Sanitation, dispensaries and jails vaccination Rajputana 1922-1927 - 1922-1927
Year: 1922
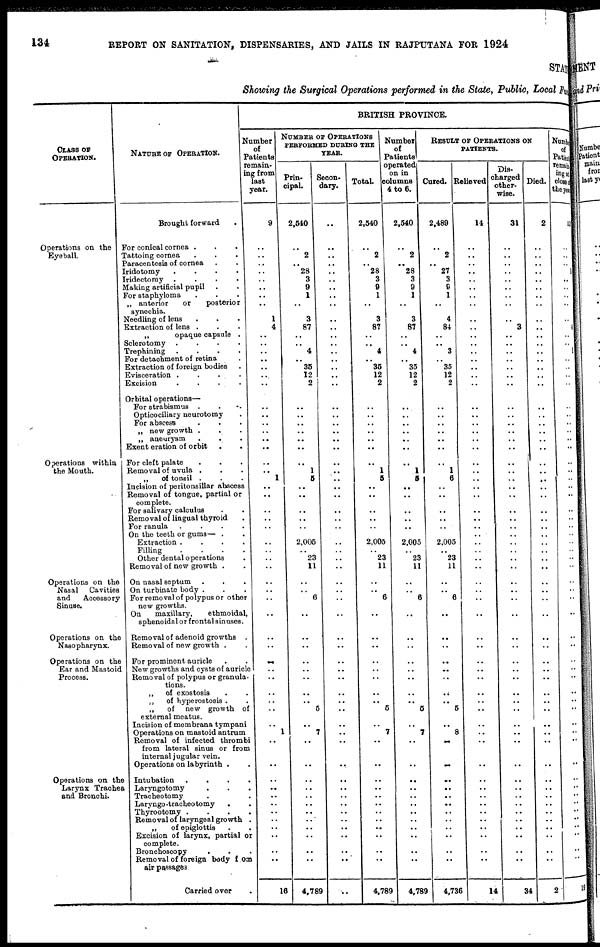
134
REPORT ON SANITATION, DISPENSARIES, AND JAILS IN RAJPUTANA FOR 1924
STAT
Showing the Surgical Operations performed in the State, Public, Local Fu
CLASS OF
OPERATION.
Operations on the
Eyeball.
Operations within
the Mouth.
Operations on the
Nasal
Cavities
and
Accessory
Sinuse.
Operations on the
Nasopharynx.
Operations on the
Ear and Mastoid
Process.
Operations on the
Larynx Traohea
and Bronchi.
NATURE OF OPERATION.
Brought forward.
For conical cornea ...
Tattoing cornea...
Paracentesis of cornea..
Iridotomy
....
Iridectomy
....
Making artificial pupil..
For staphyloma...
„ anterior
or
posterior
synechia.
Needling of lens...
Extraction of lens...
„
opaque capsule .
Sclerotomy
....
Trephining
....
For detachment of retina.
Extraction of foreign bodies.
Evisceration ....
Excision....
Orbital operations—
For strabismus...
Opticociliary neurotomy.
For abscess ...
„ new growth ...
„ aneurysm...
Exent eration of orbit..
For cleft palate...
Removal of uvula ..
„
of tonsil ...
Incision of peritonsillar abscess
Removal of tongue, partial or
complete.
For salivary calculus..
Removal of lingual thyroid.
For ranula
....
On the teeth or gums— .
Extraction
....
Filling
....
Other dental operations.
Removal of new growth .
On nasal septum...
On turbinate body ...
For removal of polypus or other
new growths.
On
maxillary,
ethmoidal,
sphenoidal or frontal sinuses.
Removal of adenoid growths .
Removal of new growth ..
For prominent auricle..
New growths and cysts of auricle
Removal of polypus or granula-
tions.
„
of exostosis..
„
of hyperostosis..
„
of new growth of
external meatus.
Incision of membrana tympani
Operations on mastoid antrum
Removal of infected thrombi
from lateral sinus or from
internal jugular vein.
Operations on labyrinth .
Intubation ....
Laryngotomy...
Tracheotomy..
Laryngo-tracheotomy...
Thyrootomy ....
Removal of laryngeal growth.
„
of epiglottis..
Excision of larynx, partial or
complete.
Bronchoscopy...
Removal of foreign body from
air passages
Carried over .
BRITISH PROVINCE.
Number
of
Patients
remain-
ing from
last
year.
9
..
..
..
..
..
..
..
..
1
4
..
..
.. ..
..
..
..
..
..
..
.. ..
..
..
..
.. 1
..
..
..
..
..
..
..
..
.. ..
..
..
..
..
..
..
..
.. ..
..
..
..
..
1
..
..
..
..
...
..
..
..
..
..
..
..
16
NUMBER OF OPERATIONS
PERFORMED DURING THE
YEAR.
Prin-
cipal.
2,540
..
2
.. 28
3
9
1
..
3
87
..
..
4
.. 35
12
2
..
..
..
.. ..
.. ..
..
1
5
..
..
..
..
..
.. 2,005
..
23
11
..
.. 6
..
..
..
..
..
..
..
.. 5
.. 7
..
..
..
..
..
.. ..
..
..
..
..
..
4,789
Secon-
dary.
..
..
..
..
..
..
..
..
..
..
..
.. ..
.. ..
..
..
..
..
..
.. ..
.. ..
..
..
.. ..
..
..
..
..
.. ..
..
.. ..
..
..
..
..
..
..
..
..
..
..
.. ..
..
..
..
..
..
..
..
..
..
..
..
..
..
..
..
Total.
2,540
..
2
.. 28
3
9
1
..
3
87
..
.. 4
.. 35
12
2
..
..
..
.. ..
..
..
..
1
5
..
..
..
..
..
.. 2,005
..
23
11
..
.. 6
..
..
..
..
..
..
..
.. 5
.. 7
..
..
..
..
..
..
..
..
..
..
..
..
4,789
Number
of
Patients
operated
on in
columns
4 to 6.
2,540
..
2
.. 28
3
9
1
..
3
87
..
..
4
.. 35
12
2
..
..
..
.. ..
.. ..
..
1
5
..
..
..
..
..
.. 2,005
..
23
11
..
.. 6
..
..
..
..
..
..
..
.. 5
.. 7
..
..
..
..
..
..
..
..
..
..
..
..
4,789
RESULT OF PPERATIONS ON
Cured.
2,489
..
2
.. 27
3
9
1
..
4
84
..
.. 3
.. 35
12
2
..
..
..
.. ..
..
..
..
1
6
..
..
..
..
..
.. 2,005
.. 23
11
..
.. 6
..
..
..
..
..
..
..
.. 5
.. 8
..
..
..
..
..
..
..
..
..
..
..
..
4,736
Relieved
14
..
..
..
..
.. ..
..
..
..
..
..
..
..
.. ..
..
..
..
..
..
..
..
.. ..
..
..
.. ..
..
..
..
..
..
..
..
..
..
..
..
..
..
..
..
..
..
..
..
.. ..
..
..
..
..
..
..
..
.. ..
..
..
..
..
..
14
Dis-
charged
other-
wise.
31
..
..
..
..
.. ..
..
..
.. 3
..
..
..
..
..
..
..
..
..
..
..
..
.. ..
..
..
..
..
..
..
..
..
.. ..
..
..
..
..
..
..
..
..
..
..
.. ..
..
..
..
..
..
..
..
..
..
..
.. ..
..
..
..
..
..
34
Died.
2
..
..
..
..
.. ..
..
..
..
..
..
..
..
..
..
..
..
..
..
..
..
..
.. ..
..
..
..
..
..
..
..
..
..
..
..
.. ..
..
..
..
..
..
..
..
..
..
..
..
..
..
..
..
..
..
..
..
..
.. ..
..
..
..
..
2
Numbe
of
Patiest
remain-
ingn of
closed
the year
..
..
..
..
..
..
..
..
..
..
..
..
..
.. ..
..
..
..
..
..
..
.. ..
..
..
..
..
.. ..
..
..
..
..
..
..
..
..
..
..
..
..
..
..
..
..
.. ..
..
.. ..
..
..
..
..
..
..
..
..
..
..
..
..
..
..
19